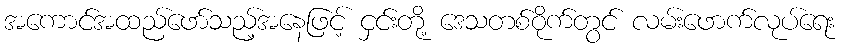
အကောင်အထည်ဖော်သည့်အနေဖြင့် ငှင်းတို့ ဒေသတစ်ဝိုက်တွင် လမ်းဖောက်လုပ်ရေး